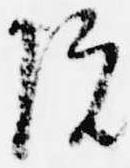
院